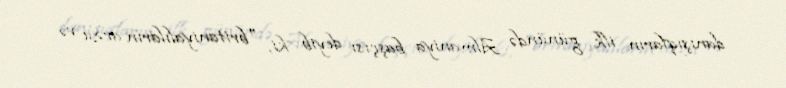
danışıqların ilk günündə Almaniya başçısı deyib ki, "britaniyalıların arzu və